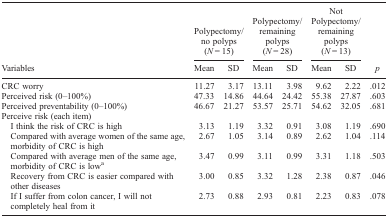
| <ROWSPAN=2> Variables | <COLSPAN=2> Polypectomy/no polyps (N = 15) | <COLSPAN=2> Polypectomy/remaining polyps (N = 28) | <COLSPAN=2> Not Polypectomy/remaining polyps (N = 13) | <ROWSPAN=2> p |
 | Mean | SD | Mean | SD | Mean | SD |
 | --- | --- | --- | --- | --- | --- | --- | --- |
 | CRC worry | 11.27 | 3.17 | 13.11 | 3.98 | 9.62 | 2.22 | .012 |
 | Perceived risk (0–100%) | 47.33 | 14.86 | 44.64 | 24.42 | 55.38 | 27.87 | .603 |
 | Perceived preventability (0–100%) | 46.67 | 21.27 | 53.57 | 25.71 | 54.62 | 32.05 | .681 |
 | <COLSPAN=8> Perceive risk (each item) |
 | I think the risk of CRC is high | 3.13 | 1.19 | 3.32 | 0.91 | 3.08 | 1.19 | .690 |
 | Compared with average women of the same age, morbidity of CRC is high | 2.67 | 1.05 | 3.14 | 0.89 | 2.62 | 1.04 | .114 |
 | Compared with average men of the same age, morbidity of CRC is lowa | 3.47 | 0.99 | 3.11 | 0.99 | 3.31 | 1.18 | .503 |
 | Recovery from CRC is easier compared with other diseases | 3.00 | 0.85 | 3.32 | 1.28 | 2.38 | 0.87 | .046 |
 | If I suffer from colon cancer, I will not completely heal from it | 2.73 | 0.88 | 2.93 | 0.81 | 2.23 | 0.83 | .078 |